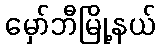
မှော်ဘီမြို့နယ်